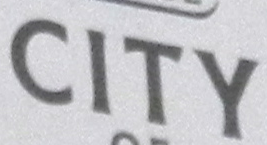
CITY